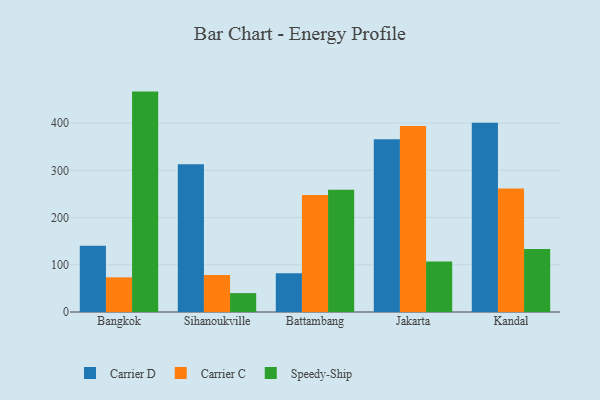
{"axis": {"x": "City", "y": "Conversion Rate (%)"}, "legend": ["Carrier C", "Carrier D", "Speedy-Ship"], "data": [{"x": "Bangkok", "y": 140.2, "type": "Carrier D"}, {"x": "Bangkok", "y": 73.4, "type": "Carrier C"}, {"x": "Bangkok", "y": 466.8, "type": "Speedy-Ship"}, {"x": "Sihanoukville", "y": 313.0, "type": "Carrier D"}, {"x": "Sihanoukville", "y": 78.3, "type": "Carrier C"}, {"x": "Sihanoukville", "y": 40.0, "type": "Speedy-Ship"}, {"x": "Battambang", "y": 82.3, "type": "Carrier D"}, {"x": "Battambang", "y": 247.9, "type": "Carrier C"}, {"x": "Battambang", "y": 258.8, "type": "Speedy-Ship"}, {"x": "Jakarta", "y": 365.7, "type": "Carrier D"}, {"x": "Jakarta", "y": 393.8, "type": "Carrier C"}, {"x": "Jakarta", "y": 107.2, "type": "Speedy-Ship"}, {"x": "Kandal", "y": 401.0, "type": "Carrier D"}, {"x": "Kandal", "y": 261.8, "type": "Carrier C"}, {"x": "Kandal", "y": 133.4, "type": "Speedy-Ship"}]}